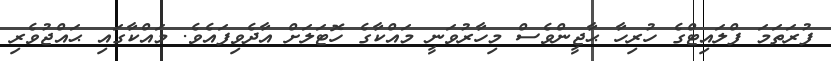
ފުރަތަމަ ފްލައިޓްގެ ހުރިހާ ޙާޖީންވެސް މިހާރުވަނީ މައްކާގެ ހޮޓަލަށް އާދެވިފައެވެ. މައްކާގައި ޙައްޖުވެރި